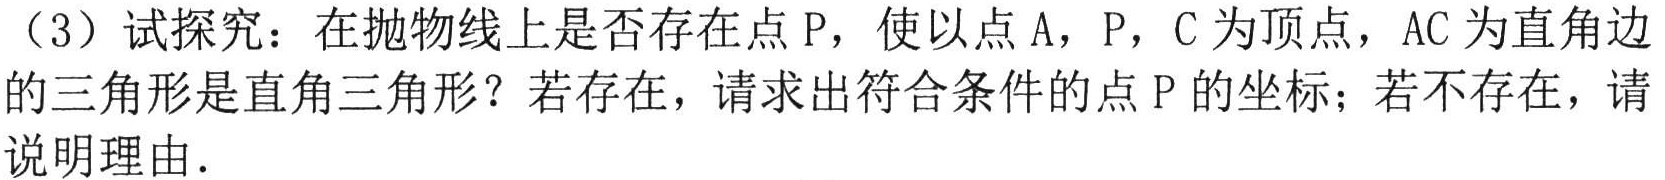
（3）试探究：在抛物线上是否存在点\(P\)，使以点\(A\)，\(P\)，\(C\)为顶点，\(AC\)为直角边
的三角形是直角三角形？若存在，请求出符合条件的点\(P\)的坐标；若不存在，请
说明理由.